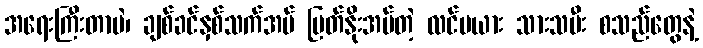
အရေးကြီးတာပဲ၊ ချစ်ခင်နှစ်သက်အပ် မြတ်နိုးအပ်တဲ့ လင်မယား သားသမီး စသည်တွေနဲ့